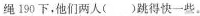
绳190下，他们两人( )跳得快一些。